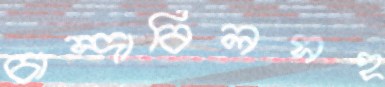
চান্দাবিলসহ